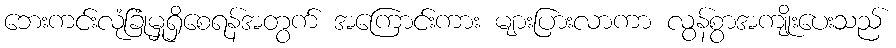
ဘေးကင်းလုံခြုံမှုရှိစေရန်အတွက် အကြောင်းကား များပြားလာကာ လွန်စွာအကျိုးပေးသည်